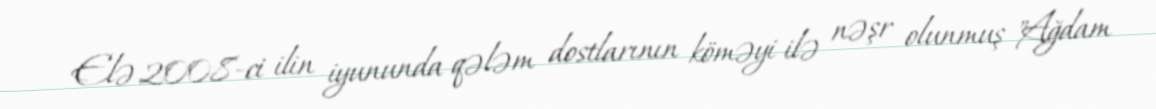
Elə 2008-ci ilin iyununda qələm dostlarının köməyi ilə nəşr olunmuş "Ağdam